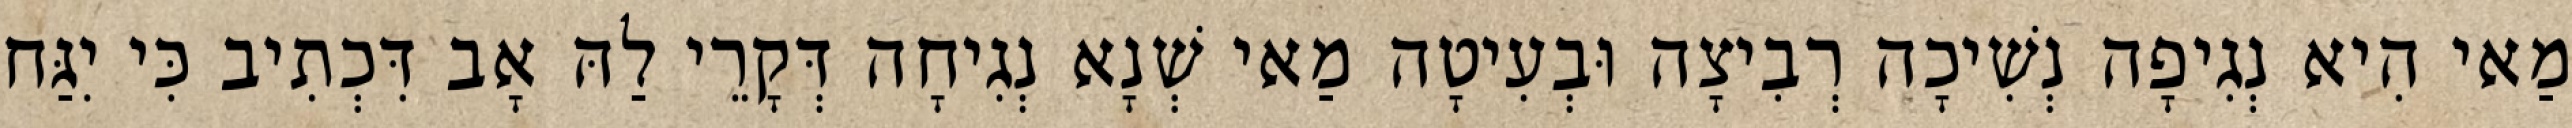
מַאי הִיא נְגִיפָה נְשִׁיכָה רְבִיצָה וּבְעִיטָה מַאי שְׁנָא נְגִיחָה דְּקָרֵי לַהּ אָב דִּכְתִיב כִּי יִגַּח